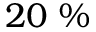
2 0 ~ \%